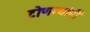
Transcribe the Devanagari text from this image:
टोणग्यांनीं